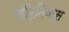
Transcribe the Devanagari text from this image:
कीर्तिवास